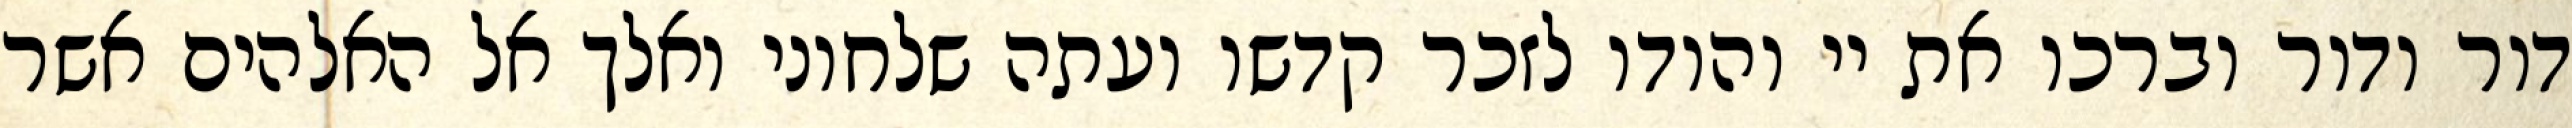
דור ודור וברכו את יי והודו לזכר קדשו ועתה שלחוני ואלך אל האלהים אשר